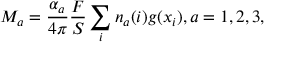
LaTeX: M _ { a } = \frac { \alpha _ { a } } { 4 \pi } \frac F S \sum _ { i } n _ { a } ( i ) g ( x _ { i } ) , a = 1 , 2 , 3 ,